Reports on dispensaries and lunatic asylums in the Province of Oudh - 1869-1876
Year: 1869
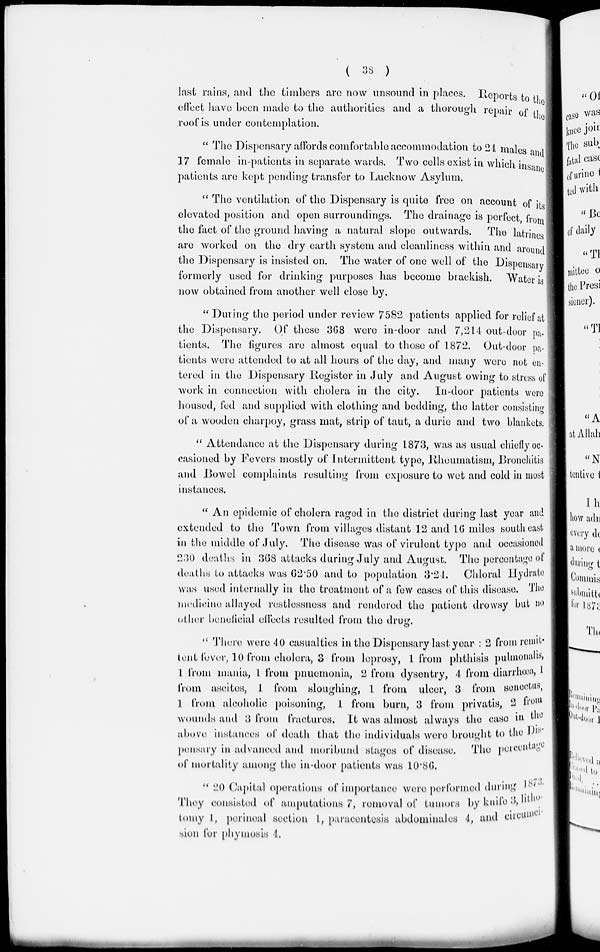
( 38 )
last rains, and the timbers are now unsound in places. Reports to the
effect have been made to the authorities and a thorough repair of the
roof is under contemplation.
" The Dispensary affords comfortable accommodation to 24 males and
17 female in-patients in separate wards. Two cells exist in which insane
patients are kept pending transfer to Lucknow Asylum.
" The ventilation of the Dispensary is quite free on account of its
elevated position and open surroundings. The drainage is perfect, from
the fact of the ground having a natural slope outwards. The latrines
are worked on the dry earth system and cleanliness within and around
the Dispensary is insisted on. The water of one well of the Dispensary
formerly used for drinking purposes has become brackish. Water is
now obtained from another well close by.
" During the period under review 7582 patients applied for relief at
the Dispensary. Of these 368 were in-door and 7,214 out-door pa-
tients. The figures are almost equal to those of 1872. Out-door pa-
tients were attended to at all hours of the day, and many were not en-
tered in the Dispensary Register in July and August owing to stress of
work in connection with cholera in the city.
In-door patients were
housed, fed and supplied with clothing and bedding, the latter consisting
of a wooden charpoy, grass mat, strip of taut, a durie and two blankets.
" Attendance at the Dispensary during 1873, was as usual chiefly oc-
casioned by Fevers mostly of Intermittent type, Rheumatism, Bronchitis
and Bowel complaints resulting from exposure to wet and cold in most
instances.
" An epidemic of cholera raged in the district during last year and
extended to the Town from villages distant 12 and 16 miles south east
in the middle of July. The disease was of virulent type and occasioned
230 deaths in 368 attacks during July and August. The percentage of
deaths to attacks was 62.50 and to population 3.24. Chloral Hydrate
was used internally in the treatment of a few cases of this disease. The
medicine allayed restlessness and rendered the patient drowsy but no
other beneficial effects resulted from the drug.
" There were 40 casualties in the Dispensary last year : 2 from remit-
tent fever, 10 from cholera, 3 from leprosy, 1 from phthisis pulmonalis,
1 from mania, 1 from pnuemonia, 2 from dysentry, 4 from diarrhœa,1
from ascites, 1 from sloughing, 1 from ulcer, 3 from sencetus,
1 from alcoholic poisoning, 1 from burn, 3 from privatis, 2 from
wounds and 3 from fractures. It was almost always the case in the
above instances of death that the individuals were brought to the Dis-
pensary in advanced and moribund stages of disease. The percentage
of mortality among the in-door patients was 10.86.
" 20 Capital operations of importance were performed during 1873.
They consisted of amputations 7, removal of tumors by knife 3, litho-
tomy I, perineal section 1, paracentesis abdominales 4, and circumci-
sion for phymosis 4.